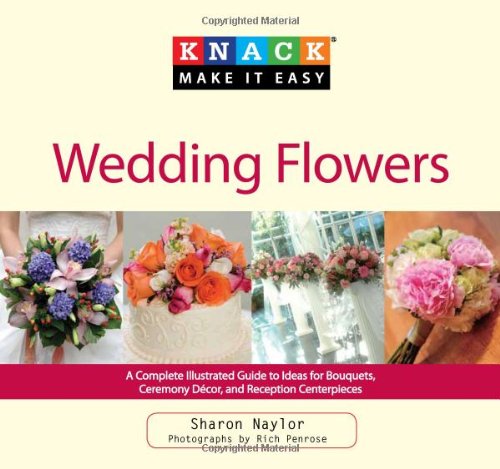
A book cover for Knack Wedding Flowers: A Complete Illustrated Guide To Ideas For Bouquets, Ceremony Decor, And Reception Centerpieces (Knack: Make It Easy); Sharon Naylor; Crafts, Hobbies & Home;